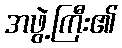
အဖွဲ့ကြီး၏